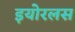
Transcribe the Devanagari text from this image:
इयोरलस